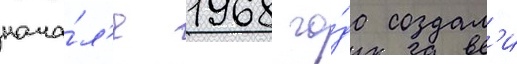
нача́л'е 1968 го́да создал'и